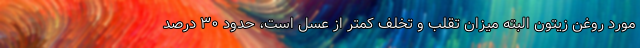
مورد روغن زیتون البته میزان تقلب و تخلف کمتر از عسل است، حدود ۳۰ درصد